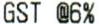
GST @6%